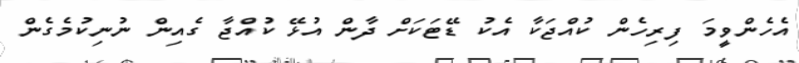
އެހެންވީމަ ފިރިހެން ކުއްޖަކާ އެކު ޑޭޓަކަށް ދާން އުޅޭ ކުއްޖާ ގެއިން ނުނިކުމެގެން